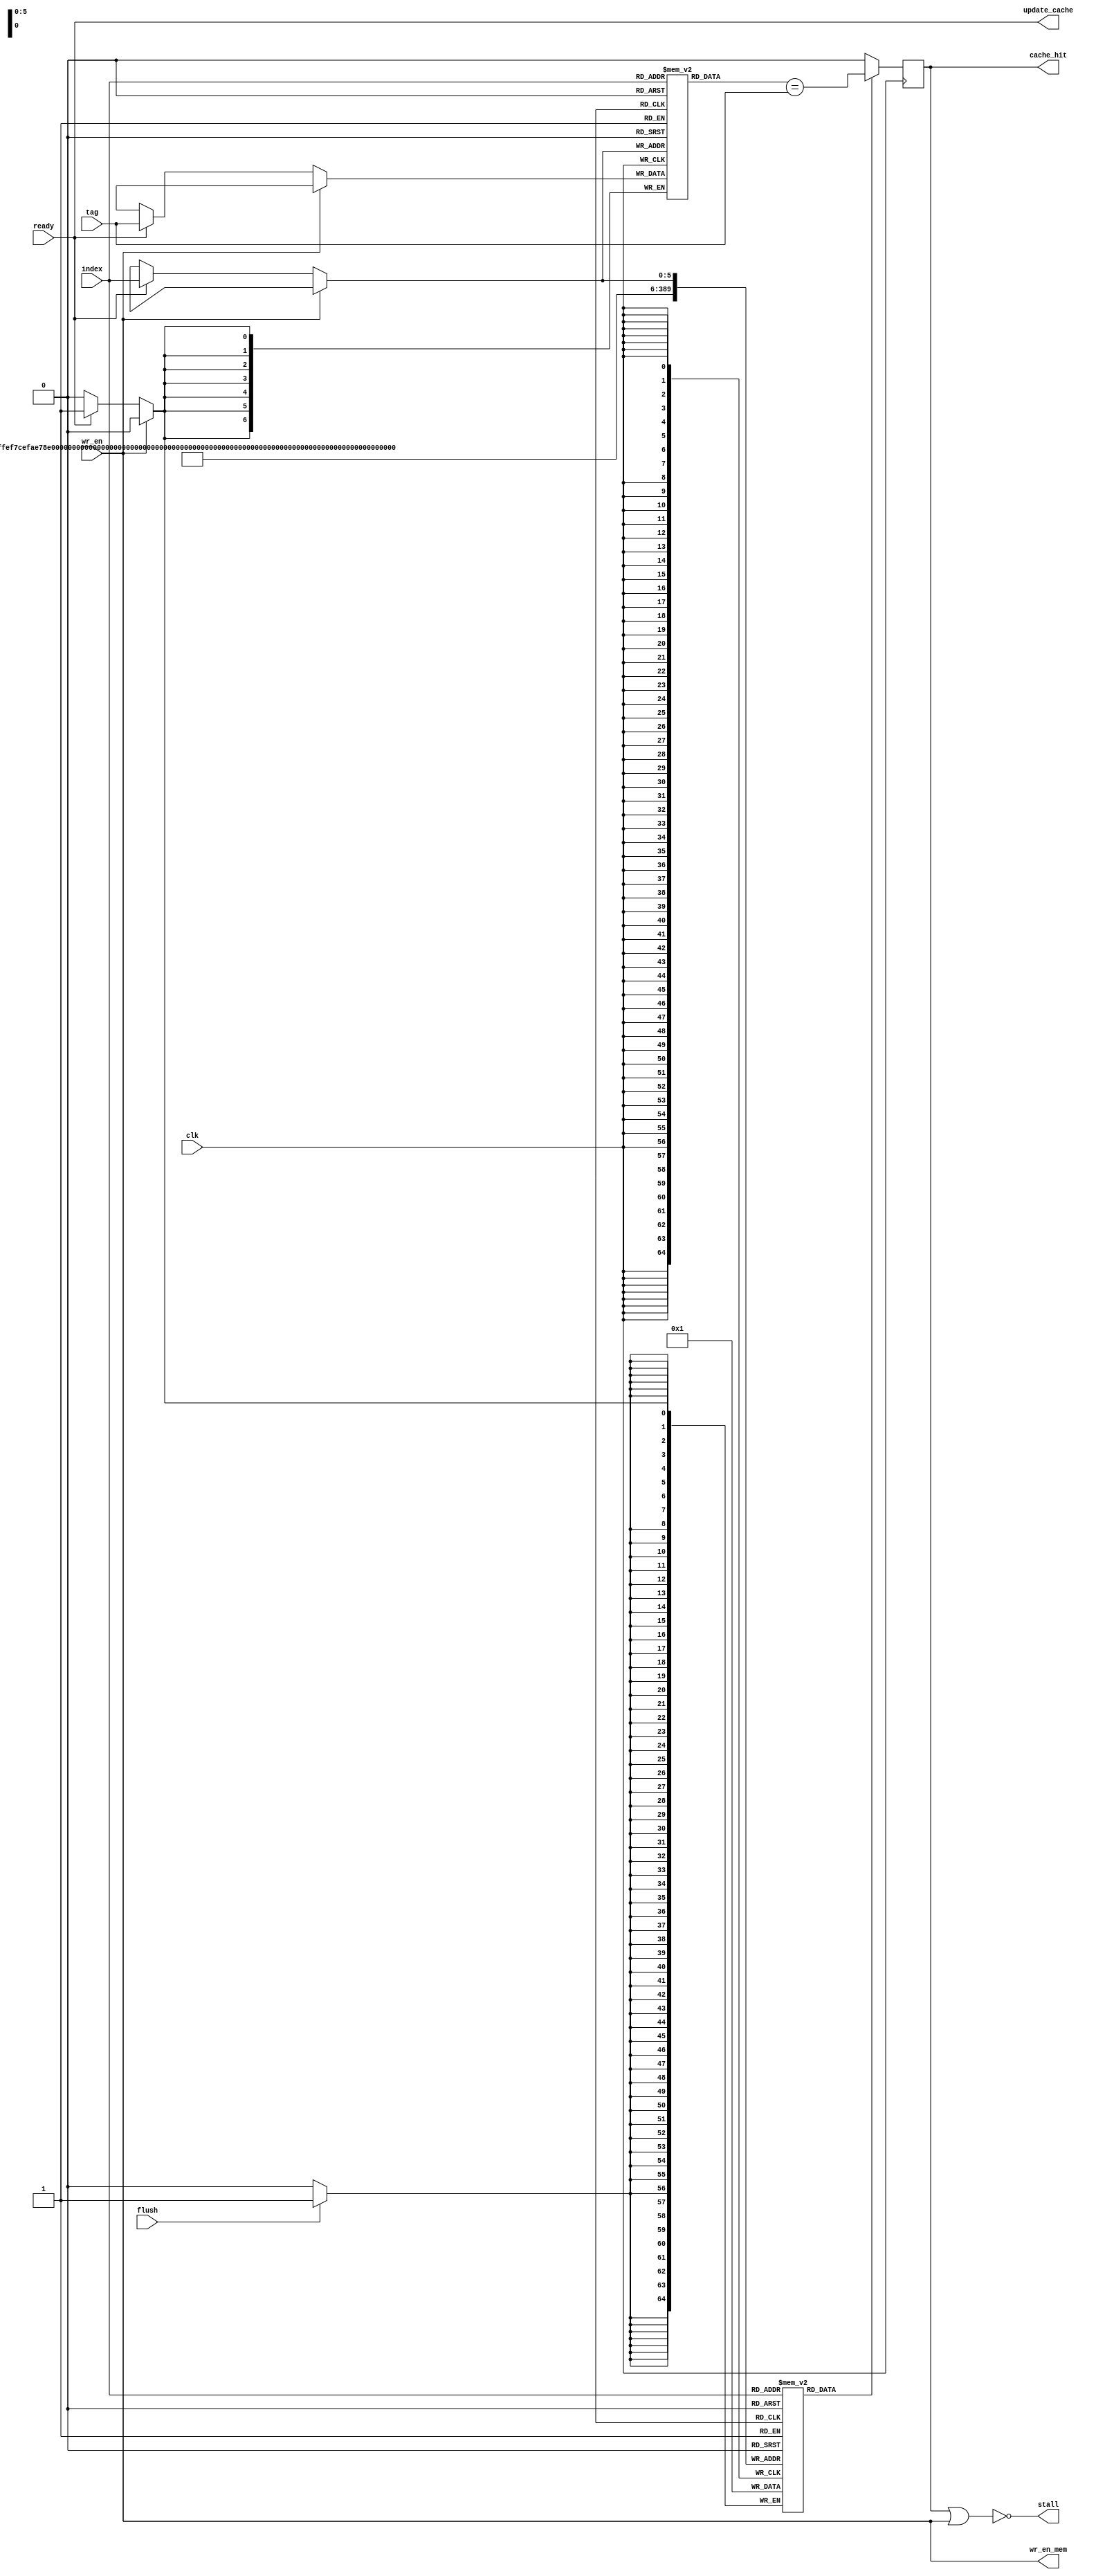
`timescale 1ns / 1ps
//////////////////////////////////////////////////////////////////////////////////
// Company: 
// 
// Design Name: 	
// Module Name:    cache_controller 
// Project Name:   Cache Memory Design
// Target Devices: 
// Tool versions: 
// Description: controll the operation of cache (according to mentioned specifications)
//					 carried out following functions
//              if read checks validity of cache line : if valid check tag
//					 if tag matches get the word from cache
//					 if not stalls the processor get word from cache
// Dependencies: 
//
// Revision: 
// Revision 0.01 - File Created
// Additional Comments: 
//
//////////////////////////////////////////////////////////////////////////////////
module cache_controller(
	 input clk,
    input [6:0] tag, //tag field
    input [5:0] index,//cache line
    input wr_en, //write/read signal (1,0)
    input flush, //reset cache - set all valid bits to zero
    input ready, //data block ready sig from memory
    output stall, //stall the processor (1,0)
    output wr_en_mem,//write/read signal to memory (1,0)
    output update_cache,//update data array
	 output reg cache_hit //indicate cache hit/loss (1,0)
    );
	 
integer i; //used to flush and initialize tag and validity fields

reg [6:0] tag_field [63:0]; 
reg validity_field [63:0];


initial begin
	for (i=0;i<64;i=i+1) begin
		validity_field[i]=1'b0;
		tag_field[i]=1'b0;
	end
end

assign update_cache=ready; //whenever data block ready signal is reitrieved from memory alert data array
assign stall=~(cache_hit|wr_en); //stall the processor if cache loss or wr_en 
assign wr_en_mem=wr_en; //direct write signal to memory

always @(posedge clk) begin //work well with non-blocking

	if (validity_field[index]) cache_hit=(tag_field[index]==tag); //if cache line is valid check tag field for cache hits
	else cache_hit=0;

	if (~wr_en) begin
		if (ready) begin //if data block is ready updatecirresponding tag and validity bits
			validity_field[index]=1;
			tag_field[index]=tag;
		end
	end
	
	if (flush) begin //set all valid bits to zero
		for (i=0;i<64;i=i+1) begin
			validity_field[i]=1'b0;
		end
	end
	
end

endmodule